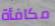
مكافأة